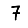
Digit: 7